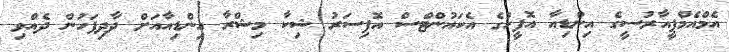
އެމްއެމްޕީއާރުސީގެ އިންޑިއާ އޮފީހުގެ އެކައުންޓްސް އޮފިސަރު ޝިކާ މިޝްރާ އިންޑިއާއަށް ދާދިފަހުން ދެއްވި